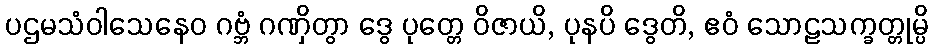
ပဌမသံဝါသေနေဝ ဂဗ္ဘံ ဂဏှိတွာ ဒွေ ပုတ္တေ ဝိဇာယိ, ပုနပိ ဒွေတိ, ဧဝံ သောဠသက္ခတ္တုမ္ပိ